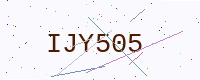
Text: IJY505